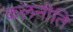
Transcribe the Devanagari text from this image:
कलनीति